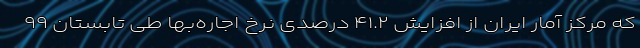
که مرکز آمار ایران از افزایش ۴۱.۲ درصدی نرخ اجاره‌بها طی تابستان ۹۹